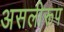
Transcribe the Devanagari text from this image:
असलीरूप